Indian journal of veterinary science and animal husbandry - Volumes 18-21, 1948-1951
Year: 1948
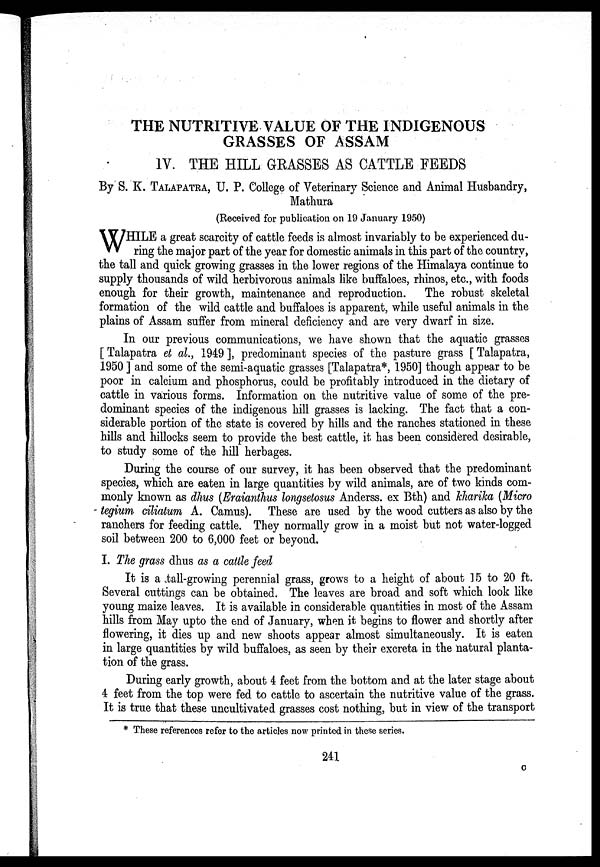
THE NUTRITIVE VALUE OF THE INDIGENOUS
GRASSES OF ASSAM
IV. THE HILL GRASSES AS CATTLE FEEDS
By S. K. TALAPATRA, U. P. College of Veterinary Science and Animal Husbandry,
Mathura
(Received for publication on 19 January 1950)
W HILE a great scarcity of cattle feeds is almost invariably to be experienced du-
ring the major part of the year for domestic animals in this part of the country,
the tall and quick growing grasses in the lower regions of the Himalaya continue to
supply thousands of wild herbivorous animals like buffaloes, rhinos, etc., with foods
enough for their growth, maintenance and reproduction. The robust skeletal
formation of the wild cattle and buffaloes is apparent, while useful animals in the
plains of Assam suffer from mineral deficiency and are very dwarf in size.
In our previous communications, we have shown that the aquatic grasses
[ Talapatra et al., 1949 ], predominant species of the pasture grass [ Talapatra,
1950 ] and some of the semi-aquatic grasses [Talapatra*, 1950] though appear to be
poor in calcium and phosphorus, could be profitably introduced in the dietary of
cattle in various forms. Information on the nutritive value of some of the pre-
dominant species of the indigenous hill grasses is lacking. The fact that a con-
siderable portion of the state is covered by hills and the ranches stationed in these
hills and hillocks seem to provide the best cattle, it has been considered desirable,
to study some of the hill herbages.
During the course of our survey, it has been observed that the predominant
species, which are eaten in large quantities by wild animals, are of two kinds com-
monly known as dhus (Eraianthus longsetosus Anderss. ex Bth) and kharika (Micro
tegium ciliatum A. Camus). These are used by the wood cutters as also by the
ranchers for feeding cattle. They normally grow in a moist but not water-logged
soil between 200 to 6,000 feet or beyond.
I. The grass dhus as a cattle feed
It is a tall-growing perennial grass, grows to a height of about 15 to 20 ft.
Several cuttings can be obtained. The leaves are broad and soft which look like
young maize leaves. It is available in considerable quantities in most of the Assam
hills from May upto the end of January, when it begins to flower and shortly after
flowering, it dies up and new shoots appear almost simultaneously. It is eaten
in large quantities by wild buffaloes, as seen by their excreta in the natural planta-
tion of the grass.
During early growth, about 4 feet from the bottom and at the later stage about
4 feet from the top were fed to cattle to ascertain the nutritive value of the grass.
It is true that these uncultivated grasses cost nothing, but in view of the transport
* These references refer to the articles now printed in these series.
241
C